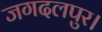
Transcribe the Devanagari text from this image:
जगदलपुर।